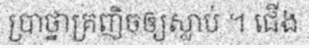
ប្រាថ្នាគ្រញិចឲ្យស្លាប់ ។ ជើង